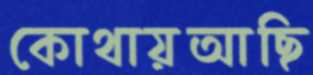
কোথায়আছি